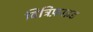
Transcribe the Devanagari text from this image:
विट्रिफ़ाइड